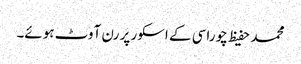
محمد حفیظ چوراسی کے اسکور پر رن آوٹ ہوئے۔